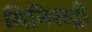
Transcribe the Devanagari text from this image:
मिनिसट्री